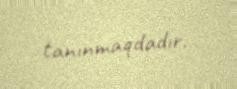
tanınmaqdadır.